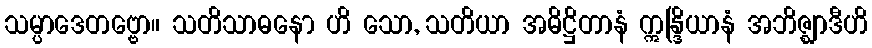
သမ္ပာဒေတဗ္ဗော။ သတိသာဓနော ဟိ သော, သတိယာ အဓိဋ္ဌိတာနံ ဣန္ဒြိယာနံ အဘိဇ္ဈာဒီဟိ